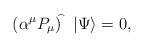
LaTeX: \begin{align*}(\alpha ^\mu {P}_\mu )^{\widehat{}}\ \ |\Psi \rangle =0, \end{align*}